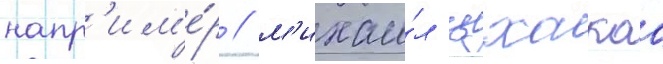
напр'им'е́р / м'ихаи́л цхакаа